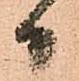
日